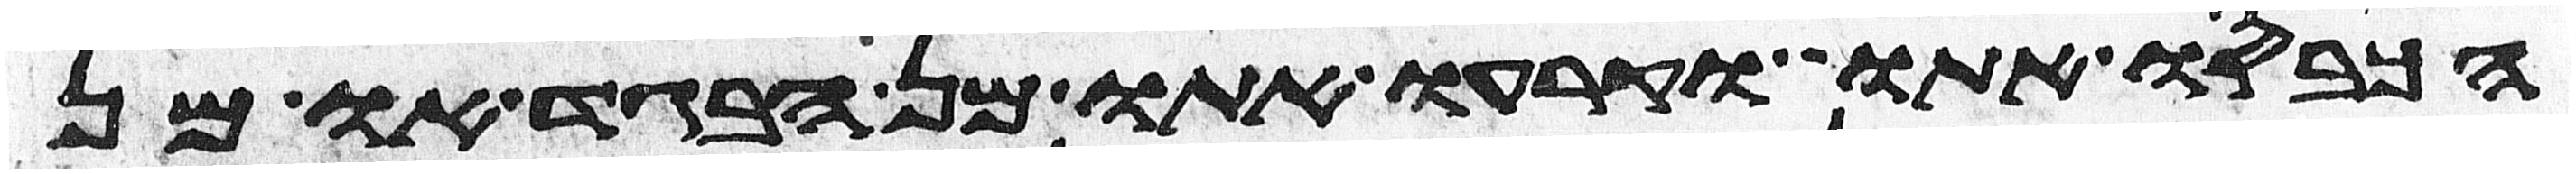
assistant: הכבסו אתו וקרעו אתו מן הבגד או מן